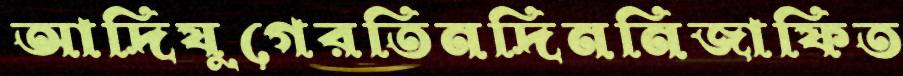
আদিযুগেরতিনদিননিজাফিত